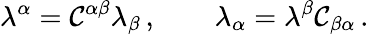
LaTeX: \lambda^{\alpha}={\cal C}^{\alpha\beta}\lambda_{\beta}\, ,\qquad\lambda_{\alpha}=\lambda^{\beta}{\cal C}_{\beta\alpha}\, .